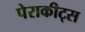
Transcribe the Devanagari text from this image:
पेराकीट्स